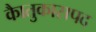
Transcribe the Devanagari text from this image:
काैतुकासपद